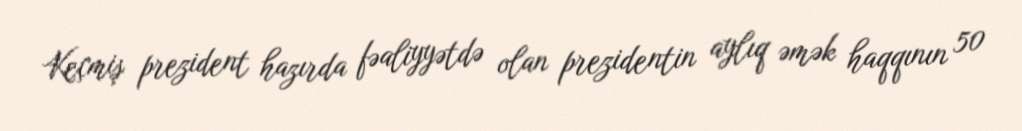
Keçmiş prezident hazırda fəaliyyətdə olan prezidentin aylıq əmək haqqının 50